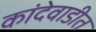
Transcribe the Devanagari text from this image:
कांदेवाडीत